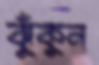
ঝুঁকুন